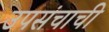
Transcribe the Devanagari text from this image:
उपसंचाची